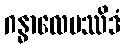
ဂန္ဓာလေပဿိဒံ